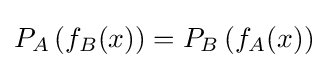
P_{A}\left(f_{B}(x)\right)=P_{B}\left(f_{A}(x)\right)